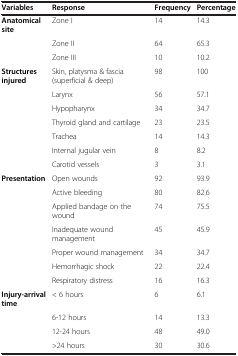
<table><thead><tr><td><b>Variables</b></td><td><b>Response</b></td><td><b>Frequency</b></td><td><b>Percentage</b></td></tr></thead><tbody><tr><td><b>Anatomical site</b></td><td>Zone I</td><td>14</td><td>14.3</td></tr><tr><td> </td><td>Zone II</td><td>64</td><td>65.3</td></tr><tr><td> </td><td>Zone III</td><td>10</td><td>10.2</td></tr><tr><td><b>Structures injured</b></td><td>Skin, platysma &amp; fascia (superficial &amp; deep)</td><td>98</td><td>100</td></tr><tr><td> </td><td>Larynx</td><td>56</td><td>57.1</td></tr><tr><td> </td><td>Hypopharynx</td><td>34</td><td>34.7</td></tr><tr><td> </td><td>Thyroid gland and cartilage</td><td>23</td><td>23.5</td></tr><tr><td> </td><td>Trachea</td><td>14</td><td>14.3</td></tr><tr><td> </td><td>Internal jugular vein</td><td>8</td><td>8.2</td></tr><tr><td> </td><td>Carotid vessels</td><td>3</td><td>3.1</td></tr><tr><td><b>Presentation</b></td><td>Open wounds</td><td>92</td><td>93.9</td></tr><tr><td> </td><td>Active bleeding</td><td>80</td><td>82.6</td></tr><tr><td> </td><td>Applied bandage on the wound</td><td>74</td><td>75.5</td></tr><tr><td> </td><td>Inadequate wound management</td><td>45</td><td>45.9</td></tr><tr><td> </td><td>Proper wound management</td><td>34</td><td>34.7</td></tr><tr><td> </td><td>Hemorrhagic shock</td><td>22</td><td>22.4</td></tr><tr><td> </td><td>Respiratory distress</td><td>16</td><td>16.3</td></tr><tr><td><b>Injury-arrival time</b></td><td>&lt; 6 hours</td><td>6</td><td>6.1</td></tr><tr><td> </td><td>6-12 hours</td><td>14</td><td>13.3</td></tr><tr><td> </td><td>12-24 hours</td><td>48</td><td>49.0</td></tr><tr><td> </td><td>&gt;24 hours</td><td>30</td><td>30.6</td></tr></tbody></table>